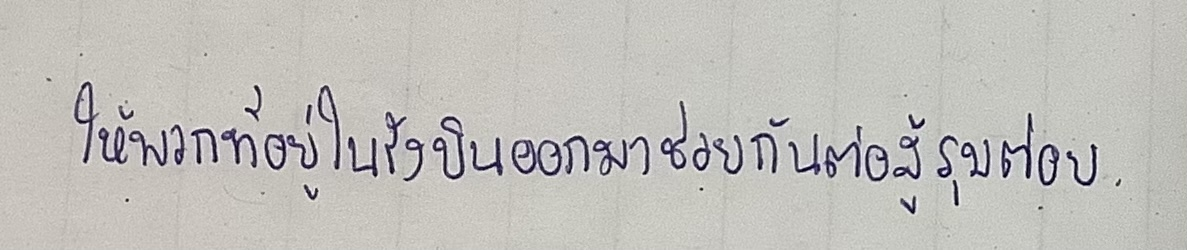
ให้พวกที่อยู่ในรังบินออกมาช่วยกันต่อสู้รุมต่อย